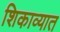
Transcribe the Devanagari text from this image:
शिकाव्यात